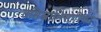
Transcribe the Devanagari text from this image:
तमिस्त्राभिसारिका